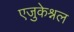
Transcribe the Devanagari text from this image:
एजुकेश्नल